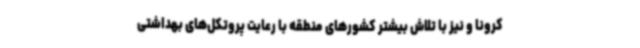
کرونا و نیز با تلاش بیشتر کشورهای منطقه با رعایت پروتکل‌های بهداشتی